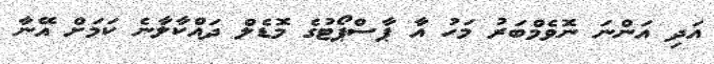
އަދި އަންނަ ނޮވެމްބަރު މަހު އާ ޕާސްޕޯޓުގެ މޮޑެލް ދައްކާލާނެ ކަމަށް އޭނާ